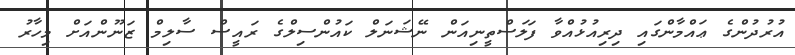
އުރުދުންގެ ޢައްމާންގައި ދިރިއުޅުއްވާ ފަލަސްތީނިއަން ނޭޝަނަލް ކައުންސިލްގެ ރައީސް ސާލިމް ޒަނޫންއަށް މިހާރު